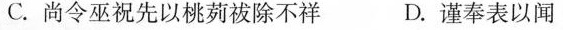
C.尚令巫祝先以桃被除不祥D.谨奉表以闻